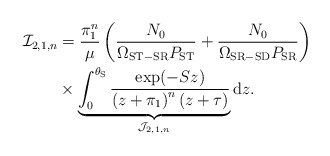
\begin{align*}\mathcal{I}_{2,1,n} &= \frac{\pi_1^n}{\mu} \left( \frac{N_0}{\Omega_{\mathrm{ST-SR}} P_{\mathrm{ST}}} + \frac{N_0}{\Omega_{\mathrm{SR-SD}} P_{\mathrm{SR}}} \right) \\& \times \underbrace{\int_{0}^{\theta_{\mathrm{S}}} \frac{\exp({-Sz})}{ \left( z + \pi_1 \right)^n (z + \tau)}}_{\mathcal{J}_{2,1,n}} \mathrm{d}z.\end{align*}